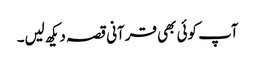
آپ کوئی بھی قرآنی قصہ دیکھ لیں۔